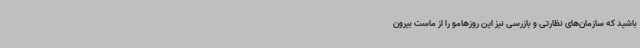
باشید که سازمان‌های نظارتی و بازرسی نیز این روزهامو را از ماست بیرون